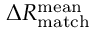
\Delta R _ { \mathrm { m a t c h } } ^ { \mathrm { m e a n } }